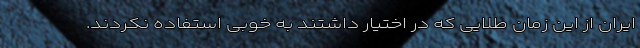
ایران از این زمان طلایی که در اختیار داشتند به خوبی استفاده نکردند.